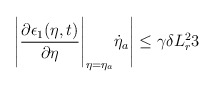
\begin{align*}\Bigg|\dfrac{\partial \epsilon_1(\eta,t)}{\partial \eta}\Bigg|_{\eta = \eta_a}\dot{\eta}_a \Bigg| \le \gamma \delta L_r^2 3\end{align*}